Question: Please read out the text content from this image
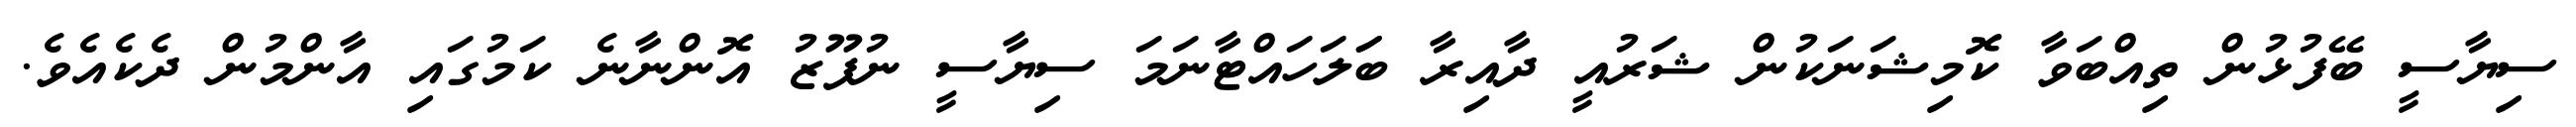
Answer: ސިޔާސީ ބޭފުޅުން ތިއްބަވާ ކޮމިޝަނަކުން ޝަރުއީ ދާއިރާ ބަަލަހައްޓާނަމަ ސިޔާސީ ނުފޫޒު އޮންނާނެ ކަމުގައި އާންމުން ދެކެއެވެ.